Leaving Certificate Examination, 1915
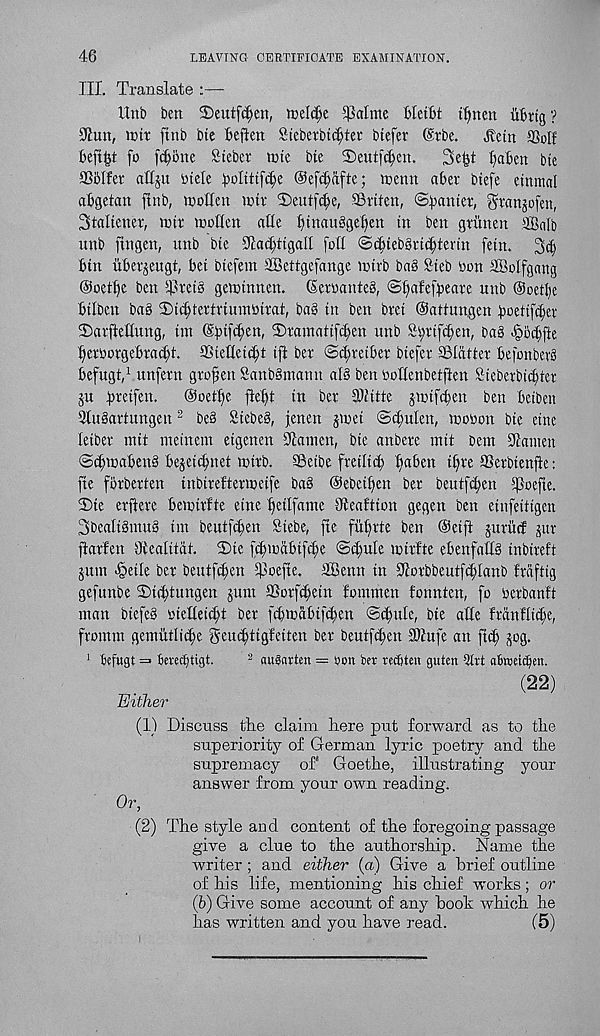
46
LEAVING CERTIFICATE EXAMINATION.
III. Translate
Unb ben 2)eutf(^en, tneldje Saline Hetlit tlmen ilbrig ?
91un, intr ftnb bte &eften Steberbi^ter btefer @rbe.
Jletn SSoIf
bef4t fo ft^fine Steber nne bte 2)eutfc^en.
3e^t fallen bte
215(fet affju tuele 5o[tttfiI;e @efd)rtfte; menu abet btefe etnmal
abgetan ftnb, tuoUett nut 2)eut(cf)e, SBrtten, ©^antet, ^tanjofen,
3taltenet, nut nollen alle btuau5ge[)ett in ben gtiinen 16nib
unb ftngen, unb bte 91ad;ttgall foil @(^teb§tt(|tertn fern. 3$
bin itbet^eugt, bet btefem SEBettgefange nttb ba5 Steb bon SBolfgang
Ooetfje ben EBtetg gentnnen. (Setwanteg, ©jafefbeate unb ©oetbe
btlbcn bag ©tc^tettriumbitat, bag in ben btet ©attungen boettf^et
2)atftetlitttg, tm @btfcl;en, ©tamatifc^en unb S^ttfcben, bag -§5^fte
^etborgebtacbt. ffitelletcbt ift bet ©djretber btefet SSIattet befonberg
befugt, 1 unfetn gtofen Sanbgmann alg ben botlenbetften Siebetbi^tet
ju btetfen.
@oetf)e ftel)t in bet 9Jiitte jntfcben ben betben
2lugattungen 2 beg Stebeg, fenen jnet ©cftuten, nobon bte erne
letbet nttt ntetnem etgencn 91atnen, bte anbete nttt bent Sdatttett
©c^nabeng bejeic^net nttb. SBetbe ftetlttb ^aben t^te SSetbtenfle:
fte fbtbetten inbtteftetwetfe bag ©ebetften bet beittfd)en 5)3oefte.
2)te etftete benttfte etne
Oteaftion gegen ben etnfeittgen
3bealtgtnug tin beutfcben Stebe, fte fu^tte ben (Setft gutitcf jut
fiatfen Ofealttdt. ©te fcbndbtfcl;e ©t^ule loitfte ebenfattg tnbtteft
jum <§etle bet beutfcben $oefte. SBenn in Slotbbeutfcblanb frdftig
gefunbe ©itbtungen junt ©otfcbetn fomtnen fonnten, fo berbanft
man btefeg biellet^t bet fcbndbtfcben ©cbule, bte alle ftdnfltcbe,
fronttn gemMii^e geu^tigteiten bet beutfcben ©tufe an ftct; jog.
1 tefugt = bevecfitigt.
3 augarten = »on ber rectten guten Qtit abweic^en.
(22)
Either
(1) Discuss the claim here put forward as to the
superiority of German lyric poetry and the
supremacy of* Goethe, illustrating your
answer from your own reading.
Or,
(2) The style and content of the foregoing passage
give a clue to the authorship. Name the
writer; and either (a) Give a brief outline
of his life, mentioning his chief works; or
(b) Give some account of any book which he
has written and you have read.
(5)